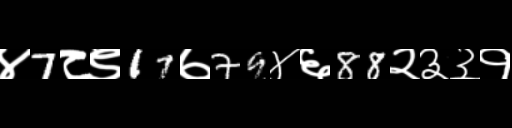
Text: ४7८९17७79४६88२३३१